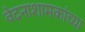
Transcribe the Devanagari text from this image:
वेदनाशामकांच्या